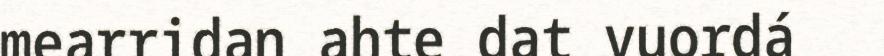
mearridan ahte dat vuordá